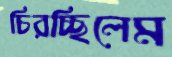
চিরচ্ছিলেম